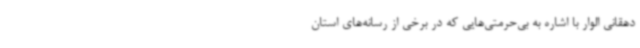
دهقانی الوار با اشاره به بی‌حرمتی‌هایی که در برخی از رسانه‌های استان